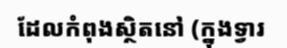
ដែលកំពុងស្ថិតនៅ (ក្នុងទ្វារ